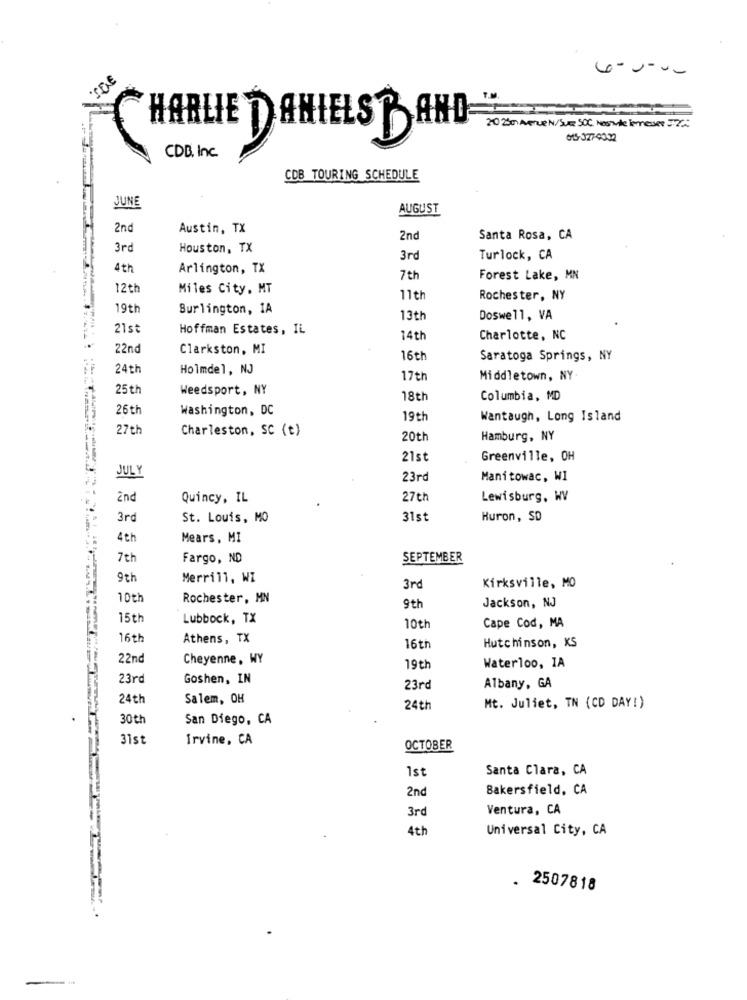
6-0-00
THE
20:23 0 Avenue N/SUR SOC. Nestle Terresser 52℃
HARLIE TANIELST AND-
615-377-9332
CDB. Inc.
CDB TOURING SCHEDULE
JUNE
AUGUST
2nd
Austin, TX
2nd
Santa Rosa, CA
3rd
Houston, TX
3rd
Turlock, CA
4th
Arlington, TX
7th
Forest Lake, MN
12th
Miles City, MT
11th
Rochester, NY
19th
Burlington, IA
13th
Doswell, VA
21st
Hoffman Estates, IL
14th
Charlotte, NC
22nd
Clarkston, MI
16th
Saratoga Springs, NY
24th
Holmdel, NJ
17th
Middletown, NY
25 th
Weedsport, NY
18th
Columbia, MD
26 th
Washington, DC
19th
Wantaugh, Long Island
27th
Charleston, SC (t)
20th
Hamburg, NY
21st
Greenville, OH
JULY
23rd
Manitowac, WI
2nd
Quincy, IL
27th
Lewisburg, WV
3rd
St. Louis, MO
31st
Huron, SD
4th
Mears, MI
7th
Fargo, ND
SEPTEMBER
9th
Merrill, WI
3rd
Kirksville, MO
10th
Rochester, MN
Jackson, NJ
9th
15th
Lubbock, TX
Cape Cod, MA
10th
16th
Athens, TX
16th
Hutchinson, KS
22nd
Cheyenne, WY
19th
Waterloo, 1A
23rd
Goshen, IN
23rc
Albany, GA
24th
Salem, OH
24th
Mt. Juliet, TN (CD DAY!)
30th
San Diego, CA
31st
Irvine, CA
OCTOBER
1st
Santa Clara, CA
2nd
Bakersfield, CA
3rd
Ventura, CA
4th
Universal City, CA
2507818